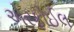
એરફોઈલ